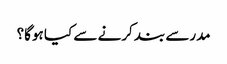
مدرسے بند کرنے سے کیا ہوگا؟